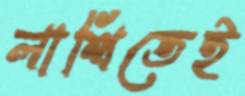
লাথিতেই